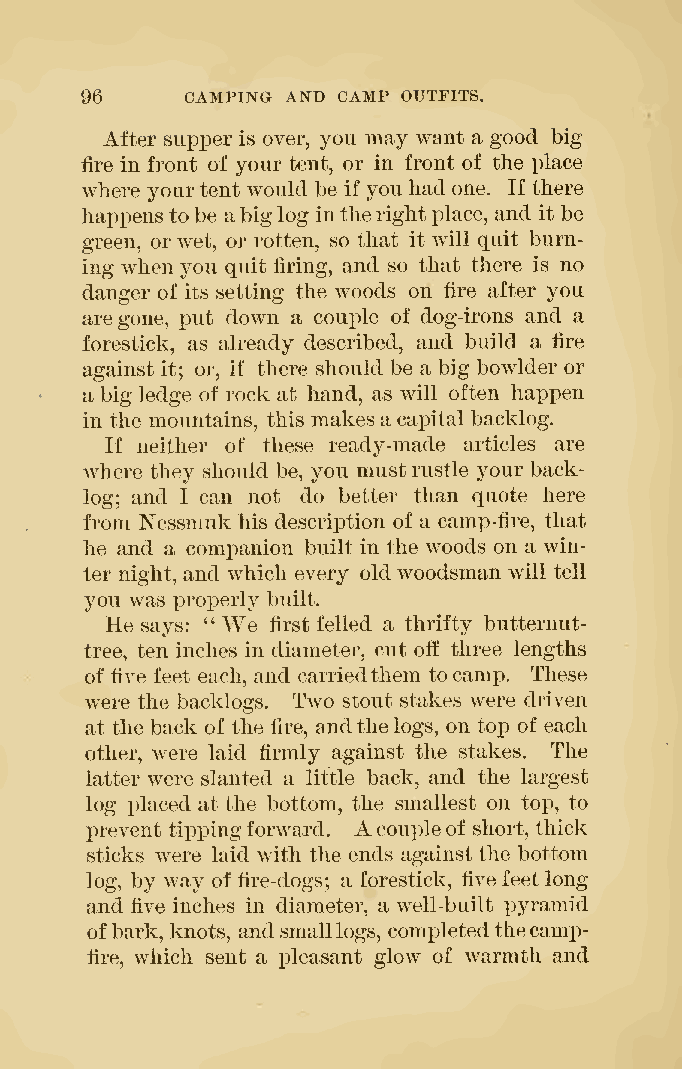
96     CAMPING AND CAMP OUTFITS.
 After supper is over, you may want a good big
 fire in front of your tent, or in front of the place
 wliere yourtent would be if youhad one. If there
 happenstobe abiglog intherightplace, and it be
 green, orwet, or rotten, so that it will quit burn-
 ing when you quit firing, and so that there is no
 danger of its setting the woods on fire after you
 aregone, put down a coujile of dog-irons and a
 forestick, as already described, and build a fire
 against it; or, if there should be a big bowlder or
 a big ledge of rock at hand, as will often happen
 in the mountains, this makes acapital backlog.
 If neither of these ready-made articles are
 where they should be, you mustrustle your back-
 log; and I can not do better than quote here
 from Nessmuk his description of a camp-fire, that
 he and a companion built in the woods on a win-
 ter night, and which every old woodsman will tell
 you was properly built.
 He says: "We first felled a thrifty butternut-
 tree, ten inches in diameter, cut off three lengths
 of five feet each, and carriedthem tocamp. These
 were the backlogs. Two stout stakes were driven
 at the back of the fire, andthelogs, on top of each
 other, were laid firmly against the stakes. The
 latter were slanted a little back, and the largest
 log placed at the bottom, the smallest on top, to
 A
 prevent tippingforward. coupleof short, thick
 sticks were laid with the ends againstthe bottom
 log, by way of fire-dogs; a forestick, five feetlong
 and five inches in diameter, a well-built pyramid
 ofbark, knots, andsmalllogs, completed thecamp-
 fire, which sent a pleasant glow of warmth and